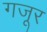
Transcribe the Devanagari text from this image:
गजूर